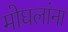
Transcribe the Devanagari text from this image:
मोघलांना